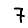
Digit: 7